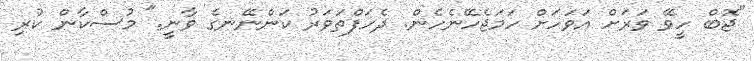
"ޖޮބް ހީވޭ ވަރަށް އަވަހަށް ހަމަޖެހޭނެހެން. ދެހަފްތަވަރު ކަންނޭނގެ ވާނީ." މުސްކާން ކުރި